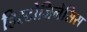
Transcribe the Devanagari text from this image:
हिस्टोजिनेसिस